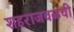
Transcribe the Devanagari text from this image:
शहराजवळची